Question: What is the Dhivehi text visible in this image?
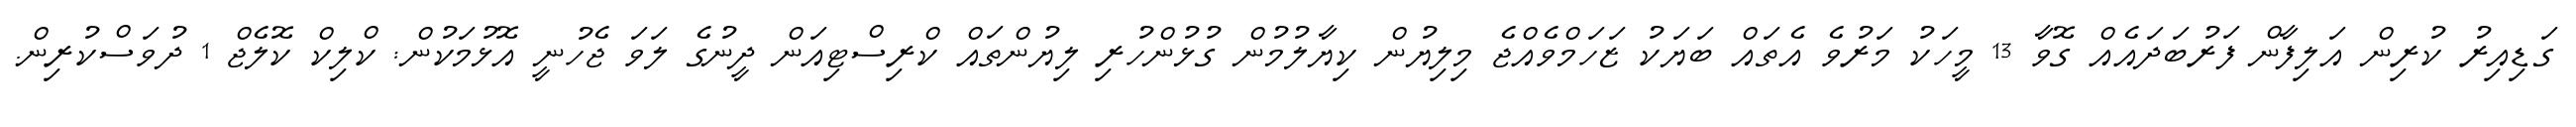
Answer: ގަޑިއިރު ކުރިން އަލިފާން ފަރުބަދައެއް ގޮވާ 13 މީހަކު މަރުވެ އެތައް ބަޔަކު ޒަހަމްވެއްޖެ މިލިޔުން ކިޔާލުމުން ގުޅުންހުރި ލިޔުންތައް ކްރިސްޓިއަން ދީނުގެ ލަވަ ޖެހުނީ އޮޅުމަކުން: ކްލިކް ކޮލެޖް 1 ދުވަސްކުރިން.